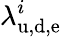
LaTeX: \lambda_{\mathrm{u,d,e}}^{i}